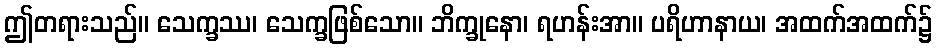
ဤတရားသည်။ သေက္ခဿ၊ သေက္ခဖြစ်သော။ ဘိက္ခုနော၊ ရဟန်းအာ။ ပရိဟာနာယ၊ အထက်အထက်၌